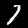
Digit: 7